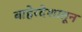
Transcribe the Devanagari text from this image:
बाहेरदेशातून